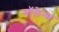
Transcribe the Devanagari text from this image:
मॉलेन्स